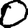
Digit: 0